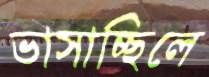
ভাসাচ্ছিলে